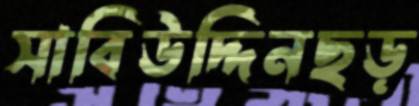
সাবিউদ্দিনছড়